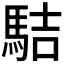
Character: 𩢴